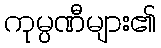
ကုမ္ပဏီများ၏